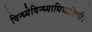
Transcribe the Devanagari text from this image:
विन्ध्येविन्ध्याधिवासिनी।